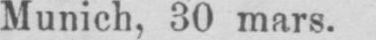
Munich, 30 mars.